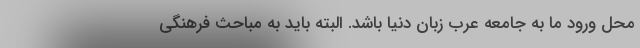
محل ورود ما به جامعه عرب زبان دنیا باشد. البته باید به مباحث فرهنگی